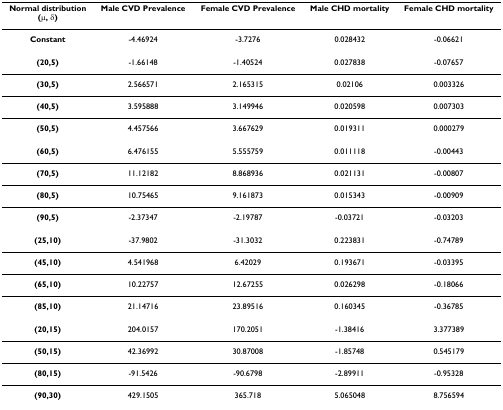
<table><thead><tr><td><b>Normal distribution(μ, δ)</b></td><td><b>Male CVD Prevalence</b></td><td><b>Female CVD Prevalence</b></td><td><b>Male CHD mortality</b></td><td><b>Female CHD mortality</b></td></tr></thead><tbody><tr><td><b>Constant</b></td><td>-4.46924</td><td>-3.7276</td><td>0.028432</td><td>-0.06621</td></tr><tr><td><b>(20,5)</b></td><td>-1.66148</td><td>-1.40524</td><td>0.027838</td><td>-0.07657</td></tr><tr><td><b>(30,5)</b></td><td>2.566571</td><td>2.165315</td><td>0.02106</td><td>0.003326</td></tr><tr><td><b>(40,5)</b></td><td>3.595888</td><td>3.149946</td><td>0.020598</td><td>0.007303</td></tr><tr><td><b>(50,5)</b></td><td>4.457566</td><td>3.667629</td><td>0.019311</td><td>0.000279</td></tr><tr><td><b>(60,5)</b></td><td>6.476155</td><td>5.555759</td><td>0.011118</td><td>-0.00443</td></tr><tr><td><b>(70,5)</b></td><td>11.12182</td><td>8.868936</td><td>0.021131</td><td>-0.00807</td></tr><tr><td><b>(80,5)</b></td><td>10.75465</td><td>9.161873</td><td>0.015343</td><td>-0.00909</td></tr><tr><td><b>(90,5)</b></td><td>-2.37347</td><td>-2.19787</td><td>-0.03721</td><td>-0.03203</td></tr><tr><td><b>(25,10)</b></td><td>-37.9802</td><td>-31.3032</td><td>0.223831</td><td>-0.74789</td></tr><tr><td><b>(45,10)</b></td><td>4.541968</td><td>6.42029</td><td>0.193671</td><td>-0.03395</td></tr><tr><td><b>(65,10)</b></td><td>10.22757</td><td>12.67255</td><td>0.026298</td><td>-0.18066</td></tr><tr><td><b>(85,10)</b></td><td>21.14716</td><td>23.89516</td><td>0.160345</td><td>-0.36785</td></tr><tr><td><b>(20,15)</b></td><td>204.0157</td><td>170.2051</td><td>-1.38416</td><td>3.377389</td></tr><tr><td><b>(50,15)</b></td><td>42.36992</td><td>30.87008</td><td>-1.85748</td><td>0.545179</td></tr><tr><td><b>(80,15)</b></td><td>-91.5426</td><td>-90.6798</td><td>-2.89911</td><td>-0.95328</td></tr><tr><td><b>(90,30)</b></td><td>429.1505</td><td>365.718</td><td>5.065048</td><td>8.756594</td></tr></tbody></table>